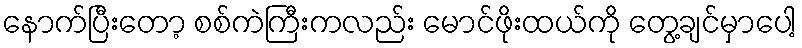
နောက်ပြီးတော့ စစ်ကဲကြီးကလည်း မောင်ဖိုးထယ်ကို တွေ့ချင်မှာပေါ့